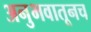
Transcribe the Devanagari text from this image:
अनुभवातूनच